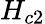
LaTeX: H_{c2}